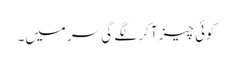
کوئی چیز آ کر لگے گی سر میں۔